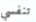
تنفسي